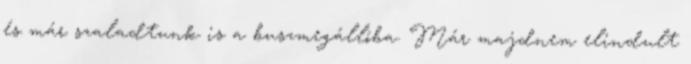
és már szaladtunk is a buszmegállóba. Már majdnem elindult